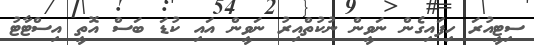
ސިޓީއުރަ ހިފައިގެން ނަވީން ނުކުތްއިރު ނަވީން އައި ކުޑަ ބަސް އޮތީ އިސްޓާޓު